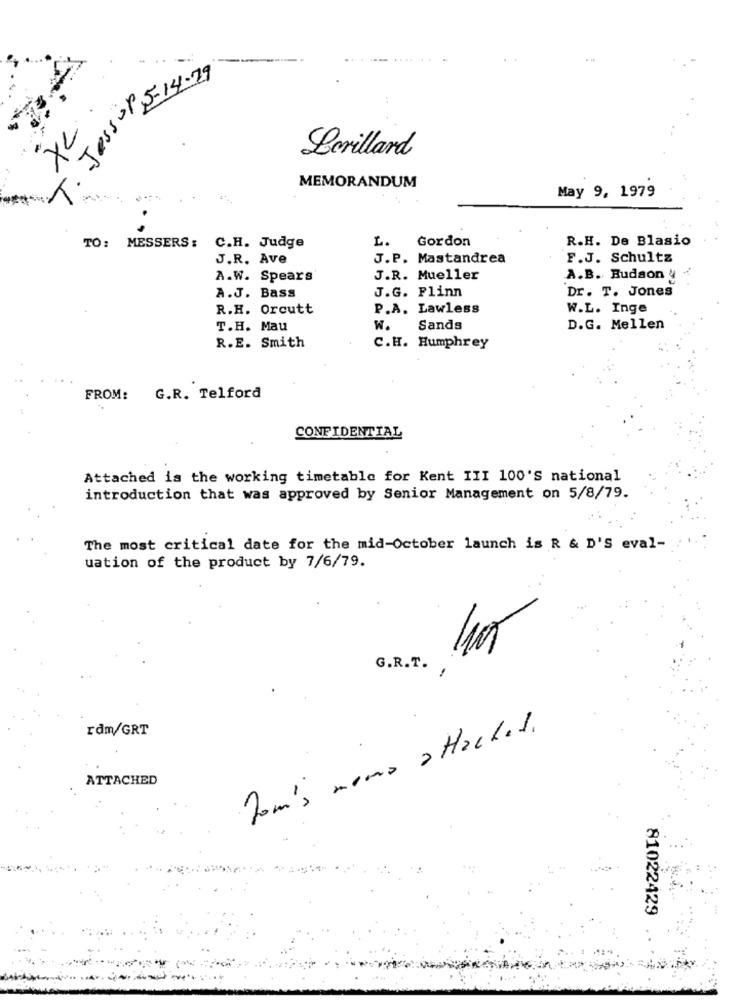
T. Jessop5- 14.29
XL
Lorillard
MEMORANDUM
May 9, 1979
.
Gordon
R.H. De Blasio
TO: MESSERS: C.H. Judge
L.
J.R. Ave
J.P. Mastandrea
F.J. Schultz
A.W. Spears
J.R. Mueller
A.B. Budson
J.G. Flinn
Dr. T. Jones
A.J. Bass
R.H. Orcutt
P.A. Lawless
W.L. Inge
T.H. Mau
W.
Sands
D.G. Mellen
R.E. Smith
C.H. Humphrey
FROM: G.R. Telford
CONFIDENTIAL
Attached is the working timetable for Kent III 100'S national
introduction that was approved by Senior Management on 5/8/79.
The most critical date for the mid-October launch is R & D'S eval-
uation of the product by 7/6/79.
G.R.T.
rdm/GRT
Tom's mona attached.
ATTACHED
81022429